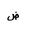
Letter: _dad